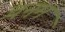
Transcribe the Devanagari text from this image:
चनम